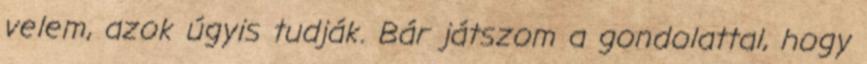
velem, azok úgyis tudják. Bár játszom a gondolattal, hogy